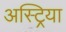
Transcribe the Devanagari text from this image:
अस्ट्रिया